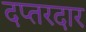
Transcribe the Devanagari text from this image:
दप्तरदार